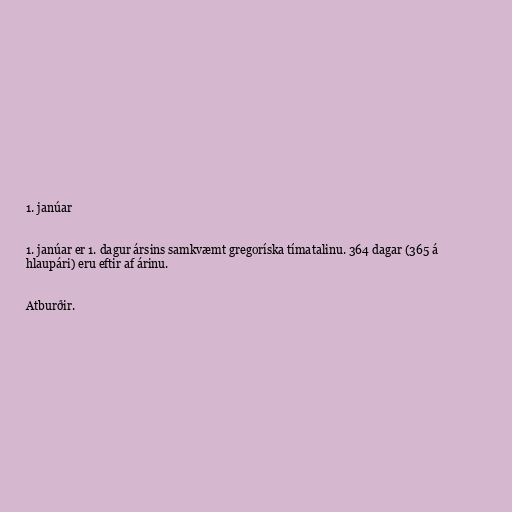
1. janúar

1. janúar er 1. dagur ársins samkvæmt gregoríska tímatalinu. 364 dagar (365 á
hlaupári) eru eftir af árinu.

Atburðir.